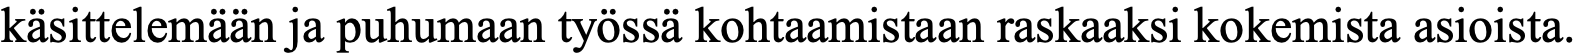
käsittelemään ja puhumaan työssä kohtaamistaan raskaaksi kokemista asioista.